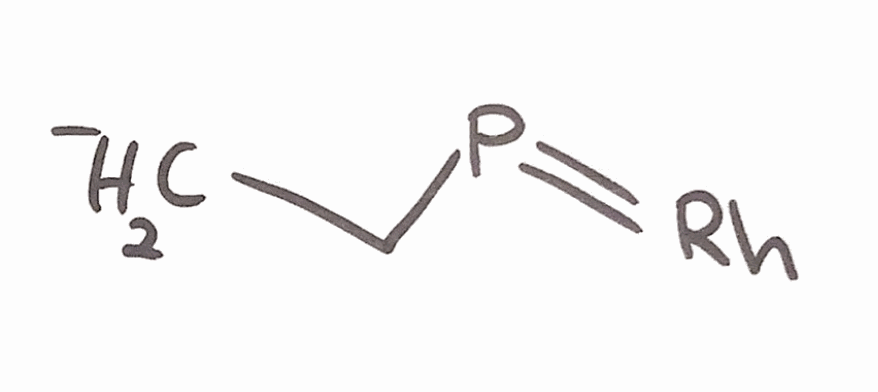
Simplified molecular-input line-entry system (SMILES) notation of the given molecule:
[CH2-]CP=[Rh]